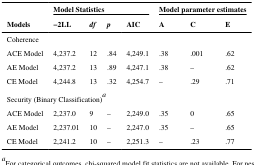
|  | <COLSPAN=4> Model Statistics | <COLSPAN=3> Model parameter estimates |
 | Models | −2LL | df | p | AIC | A | C | E |
 | --- | --- | --- | --- | --- | --- | --- | --- |
 | <COLSPAN=8> Coherence |
 | ACE Model | 4,237.2 | 12 | .84 | 4,249.1 | .38 | .001 | .62 |
 | AE Model | 4,237.2 | 13 | .89 | 4,247.1 | .38 | – | .62 |
 | CE Model | 4,244.8 | 13 | .32 | 4,254.7 | – | .29 | .71 |
 | <COLSPAN=8> Security (Binary Classification)a |
 | ACE Model | 2,237.0 | 9 | – | 2,249.0 | .35 | 0 | .65 |
 | AE Model | 2,237.01 | 10 | – | 2,247.0 | .35 | – | .65 |
 | CE Model | 2,241.2 | 10 | – | 2,251.3 | – | .23 | .77 |